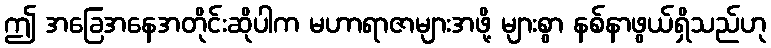
ဤ အခြေအနေအတိုင်းဆိုပါက မဟာရာဇာများအဖို့ များစွာ နစ်နာဖွယ်ရှိသည်ဟု